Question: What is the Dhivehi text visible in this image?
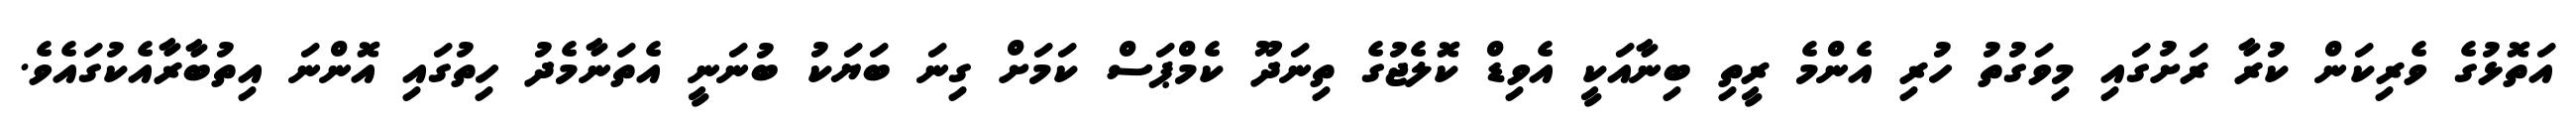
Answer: އަތޮޅުގެ ވެރިކަން ކުރާ ރަށުގައި މިވަގުތު ހުރި އެންމެ ރީތި ބިނާއަކީ އެވިޑް ކޮލެޖުގެ ތިނަދޫ ކެމްޕަސް ކަމަށް ގިނަ ބަޔަކު ބުނަނީ އެތަނާމެދު ހިތުގައި އޮންނަ އިތުބާރާއެކުގައެވެ.